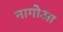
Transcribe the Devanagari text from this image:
नागोआ